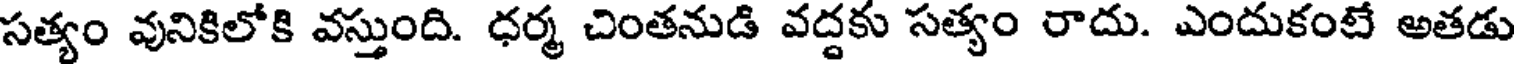
సత్యం వునికిలోకి వస్తుంది. ధర్మ చింతనుడి వద్దకు సత్యం రాదు. ఎందుకంటే అతడు